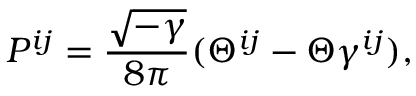
P ^ { i j } = \frac { \sqrt { - \gamma } } { 8 \pi } ( \Theta ^ { i j } - \Theta \gamma ^ { i j } ) ,